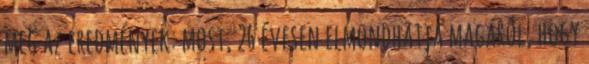
meg az eredmények: most, 26 évesen elmondhatja magáról, hogy